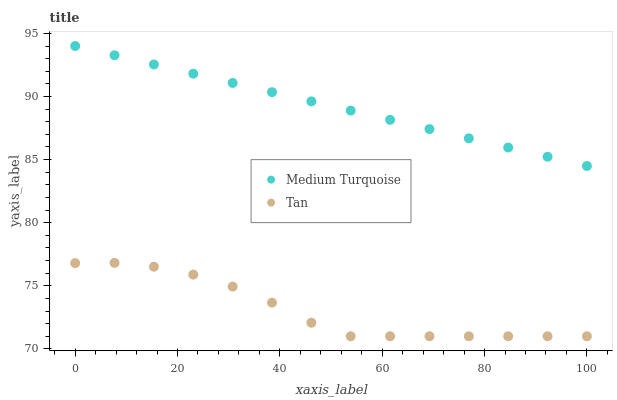
| xaxis_label | Medium Turquoise | Tan |
 | --- | --- | --- |
 | 0 | 94 | 76.8 |
 | 7.69 | 93.3 | 76.8 |
 | 15.4 | 92.5 | 76.5 |
 | 23.1 | 91.8 | 75.9 |
 | 30.8 | 91.1 | 74.9 |
 | 38.5 | 90.3 | 73.7 |
 | 46.2 | 89.6 | 72.1 |
 | 53.8 | 88.9 | 71 |
 | 61.5 | 88.1 | 71 |
 | 69.2 | 87.4 | 71 |
 | 76.9 | 86.7 | 71 |
 | 84.6 | 86 | 71 |
 | 92.3 | 85.2 | 71 |
 | 100 | 84.5 | 71 |